Scottish Certificate of Education, 1962
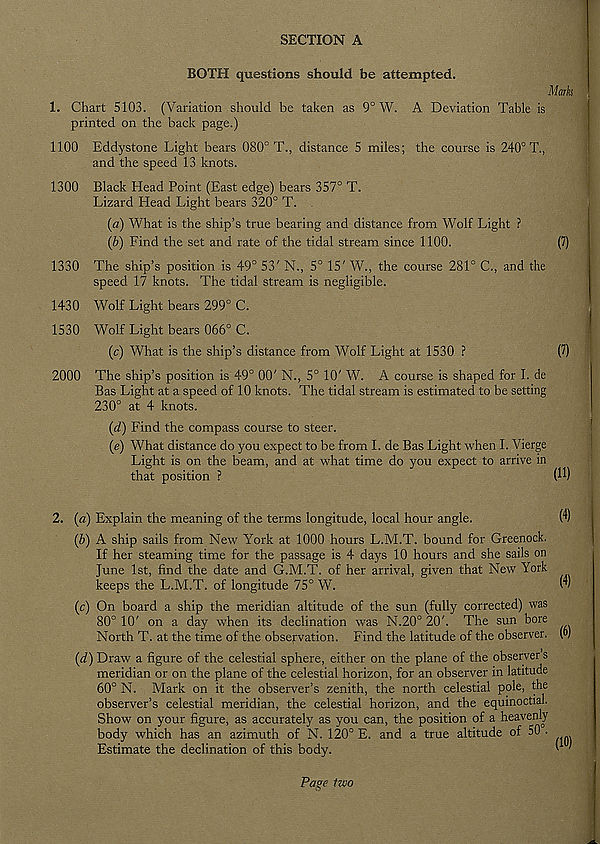
SECTION A
1.
BOTH questions should be attempted.
Marks
Chart 5103. (Variation should be taken as 9° W. A Deviation Table is
printed on the back page.)
1100 Eddystone Light bears 080° T., distance 5 miles; the course is 240° T.,
and the speed 13 knots.
1300 Black Head Point (East edge) bears 357° T.
Lizard Head Light bears 320° T. .
(a) What is the ship’s true bearing and distance from Wolf Light ?
(b) Find the set and rate of the tidal stream since 1100.
(7)
1330 The ship’s position is 49° 53' N., 5° 15' W., the course 281° C., and the
speed 17 knots. The tidal stream is negligible.
1430 Wolf Light bears 299° C.
1530 Wolf Light bears 066° C.
(c) What is the ship’s distance from Wolf Light at 1530 ?
(7)
2000 The ship’s position is 49° 00' N., 5° 10' W. A course is shaped for I. de
Bas Light at a speed of 10 knots. The tidal stream is estimated to be setting
230° at 4 knots.
(d) Find the compass course to steer.
(e) What distance do you expect to be from I. de Bas Light when I. Vierge
Light is on the beam, and at what time do you expect to arrive in
that position ?
(H)
2. (a) Explain the meaning of the terms longitude, local hour angle.
(4)
(b) A ship sails from New York at 1000 hours L.M.T. bound for Greenock.
If her steaming time for the passage is 4 days 10 hours and she sails on
June 1st, find the date and G.M.T. of her arrival, given that New York
keeps the L.M.T. of longitude 75° W.
m
(c) On board a ship the meridian altitude of the sun (fully corrected) was
80° 10' on a day when its declination was N.20° 20'. The sun bore
North T. at the time of the observation. Find the latitude of the observer. (°)
(d) Draw a figure of the celestial sphere, either on the plane of the observer s
meridian or on the plane of the celestial horizon, for an observer in latitude
60° N. Mark on it the observer’s zenith, the north celestial pole, the
observer’s celestial meridian, the celestial horizon, and the equinoctial.
Show on your figure, as accurately as you can, the position of a heavenly
body which has an azimuth of N. 120° E. and a true altitude of 50 .
Estimate the declination of this body.
' '
Page two